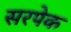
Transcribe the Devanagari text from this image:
सरपेक